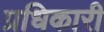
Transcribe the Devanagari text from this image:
प्रधिकारी